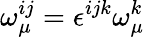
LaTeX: \omega_{\mu}^{ij}=\epsilon^{ijk}\omega_{\mu}^{k}